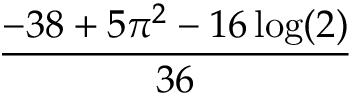
\frac { - 3 8 + 5 \pi ^ { 2 } - 1 6 \log ( 2 ) } { 3 6 }